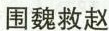
围魏救赵